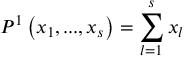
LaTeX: P ^ { 1 } \left( x _ { 1 } , . . . , x _ { s } \right) = \sum _ { l = 1 } ^ { s } x _ { l }